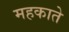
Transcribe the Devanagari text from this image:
महकाते